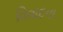
વિવાદના